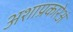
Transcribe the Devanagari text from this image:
अशाप्रकारेअं